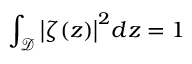
\int _ { \mathcal { D } } { \left| \zeta ( z ) \right| } ^ { 2 } d z = 1